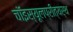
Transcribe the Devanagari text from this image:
चॉइस्यूलप्रीत्यर्थ